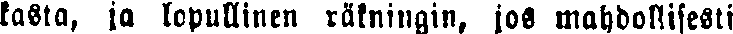
kasta, ja lopullinen räkningin, jos mahdollisesti